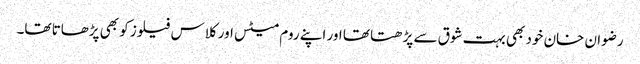
رضوان خان خود بھی بہت شوق سے پڑھتا تھا اور اپنے روم میٹس اور کلاس فیلوز کو بھی پڑھاتا تھا۔